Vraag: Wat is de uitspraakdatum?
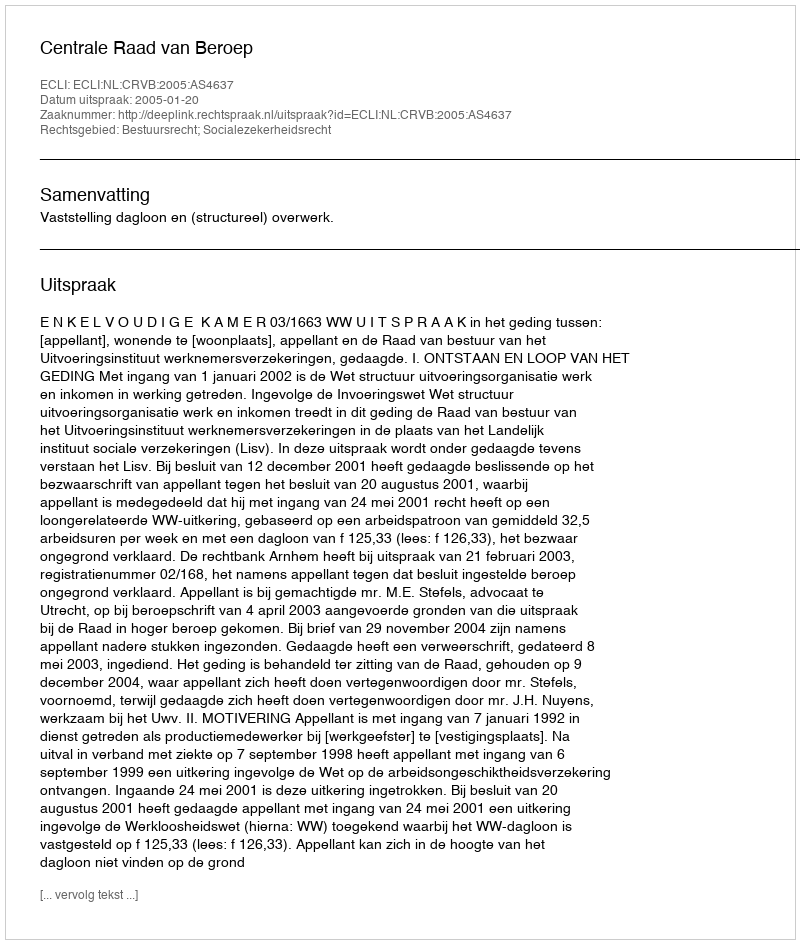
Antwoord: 2005-01-20